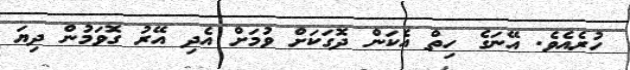
ހުރެއެވެ. އޭނަގެ ހިތް އެކަން ދޮގަކަށް ވުމަށް އެދި އޭރު ގޮވަމުން ދިޔަ